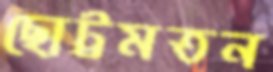
ছোট্টমতন